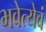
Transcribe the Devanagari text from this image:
भवेत्येवं